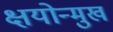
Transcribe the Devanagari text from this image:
क्षयोन्मुख